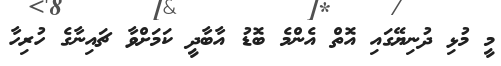
މީ މުޅި ދުނިޔޭގައި އޮތް އެންމެ ބޮޑު އާބާދީ ކަމަށްވާ ޗައިނާގެ ހުރިހާ